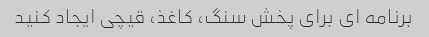
برنامه ای برای پخش سنگ، کاغذ، قیچی ایجاد کنید